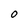
Character: O